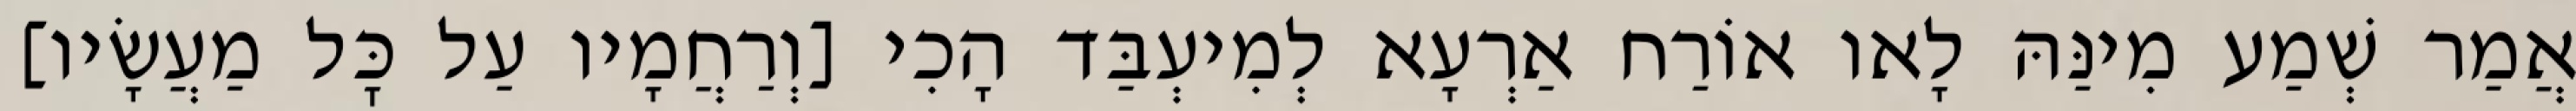
אֲמַר שְׁמַע מִינַּהּ לָאו אוֹרַח אַרְעָא לְמִיעְבַּד הָכִי [וְרַחֲמָיו עַל כׇּל מַעֲשָׂיו]